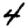
Digit: 4